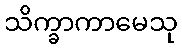
သိက္ခာကာမေသု